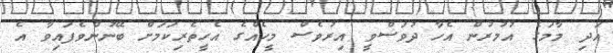
އަދި މާމަގެ އުމުރުން އެހާ ދުވަސްވީ އިރުވެސް މީހެއްގެ އެހީތެރިކަމަށް ބޭނުންވެފައިވާ އެ